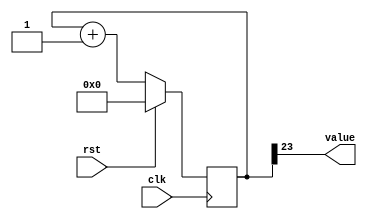
/*
   This file was generated automatically by the Mojo IDE version B1.3.5.
   Do not edit this file directly. Instead edit the original Lucid source.
   This is a temporary file and any changes made to it will be destroyed.
*/

/*
   Parameters:
     SIZE = 1
     DIV = 23
     TOP = 0
     UP = 1
*/
module counter_4 (
    input clk,
    input rst,
    output reg [0:0] value
  );
  
  localparam SIZE = 1'h1;
  localparam DIV = 5'h17;
  localparam TOP = 1'h0;
  localparam UP = 1'h1;
  
  
  reg [23:0] M_ctr_d, M_ctr_q = 1'h0;
  
  localparam MAX_VALUE = 24'h7fffff;
  
  always @* begin
    M_ctr_d = M_ctr_q;
    
    value = M_ctr_q[23+0-:1];
    if (1'h1) begin
      M_ctr_d = M_ctr_q + 1'h1;
      if (1'h0 && M_ctr_q == 24'h7fffff) begin
        M_ctr_d = 1'h0;
      end
    end else begin
      M_ctr_d = M_ctr_q - 1'h1;
      if (1'h0 && M_ctr_q == 1'h0) begin
        M_ctr_d = 24'h7fffff;
      end
    end
  end
  
  always @(posedge clk) begin
    if (rst == 1'b1) begin
      M_ctr_q <= 1'h0;
    end else begin
      M_ctr_q <= M_ctr_d;
    end
  end
  
endmodule